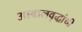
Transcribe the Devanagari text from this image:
आबालवृद्धांची